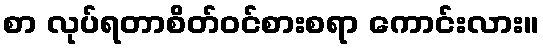
စာ လုပ်ရတာစိတ်ဝင်စားစရာ ကောင်းလား။